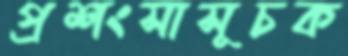
প্রশংসাসূচক